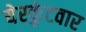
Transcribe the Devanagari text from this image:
येरकुंटवार